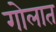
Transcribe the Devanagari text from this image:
गोलात